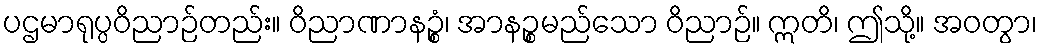
ပဌမာရုပ္ပဝိညာဉ်တည်း။ ဝိညာဏာနဉ္စံ၊ အာနဉ္စမည်သော ဝိညာဉ်။ ဣတိ၊ ဤသို့။ အဝတွာ၊